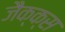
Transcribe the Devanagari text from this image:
जैक्क्स